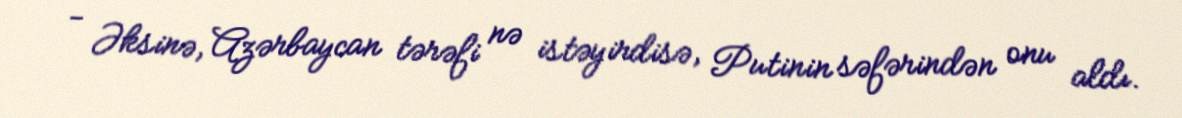
- Əksinə, Azərbaycan tərəfi nə istəyirdisə, Putinin səfərindən onu aldı.